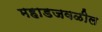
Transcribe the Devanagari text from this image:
महाडजवळील